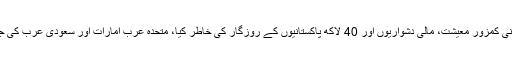
صدر طیب ایردوان کا مزید کہنا تھا کہ پاکستان نے سمٹ میں شرکت نہ کرنے کا فیصلہ اپنی کمزور معیشت، مالی دشواریوں اور 40 لاکھ پاکستانیوں کے روزگار کی خاطر کیا، متحدہ عرب امارات اور سعودی عرب کی جانب سے اسی قسم کا دباؤ کا سامنا انڈونیشیا، عراق، شام اور صومالیہ کو بھی کرنا پڑا ہے۔